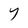
Character: Y